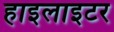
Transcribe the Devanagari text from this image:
हाइलाइटर